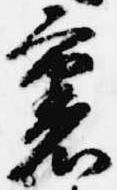
裏